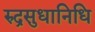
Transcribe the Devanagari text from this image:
रुद्रसुधानिधि